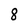
Character: 8